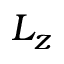
L _ { z }